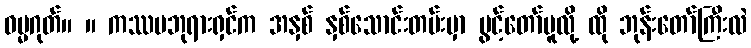
ဓမ္မဂုတ်။ ။ ကဿပဘုရားရှင်က အနှစ် နှစ်သောင်းတမ်းမှာ ပွင့်တော်မူလို့ ထို ဘုန်းတော်ကြီးလဲ